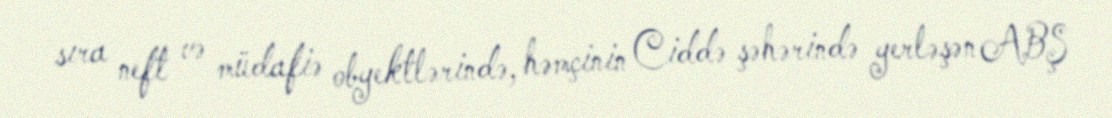
sıra neft və müdafiə obyektlərində, həmçinin Ciddə şəhərində yerləşən ABŞ